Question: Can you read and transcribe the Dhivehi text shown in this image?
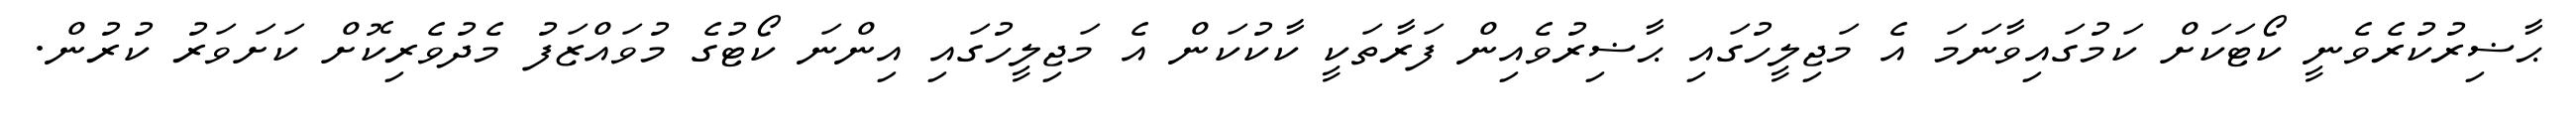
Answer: ޙާޟިރުކުރެވެނީ ކޯޓަކަށް ކަމުގައިވާނަމަ އެ މަޖިލީހުގައި ޙާޟިރުވެއިން ފަރާތަކީ ކާކުކަން އެ މަޖިލީހުގައި އިންނަ ކޯޓުގެ މުވައްޒަފު މެދުވެރިކޮށް ކަށަވަރު ކުރުން.